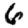
Digit: 6